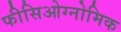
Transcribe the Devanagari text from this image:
फीसिओग्नोमिक